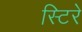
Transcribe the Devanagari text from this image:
स्टिरे